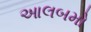
આલબમો